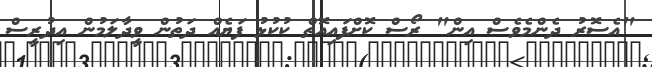
"އެސޮރު ދެންމެވެސް އިން" ރޯސް ކޮށްފައިއޮތް ކުކުޅު ފަޔެއް ދަތުން ވީދާލަމުން އިދުރީސް